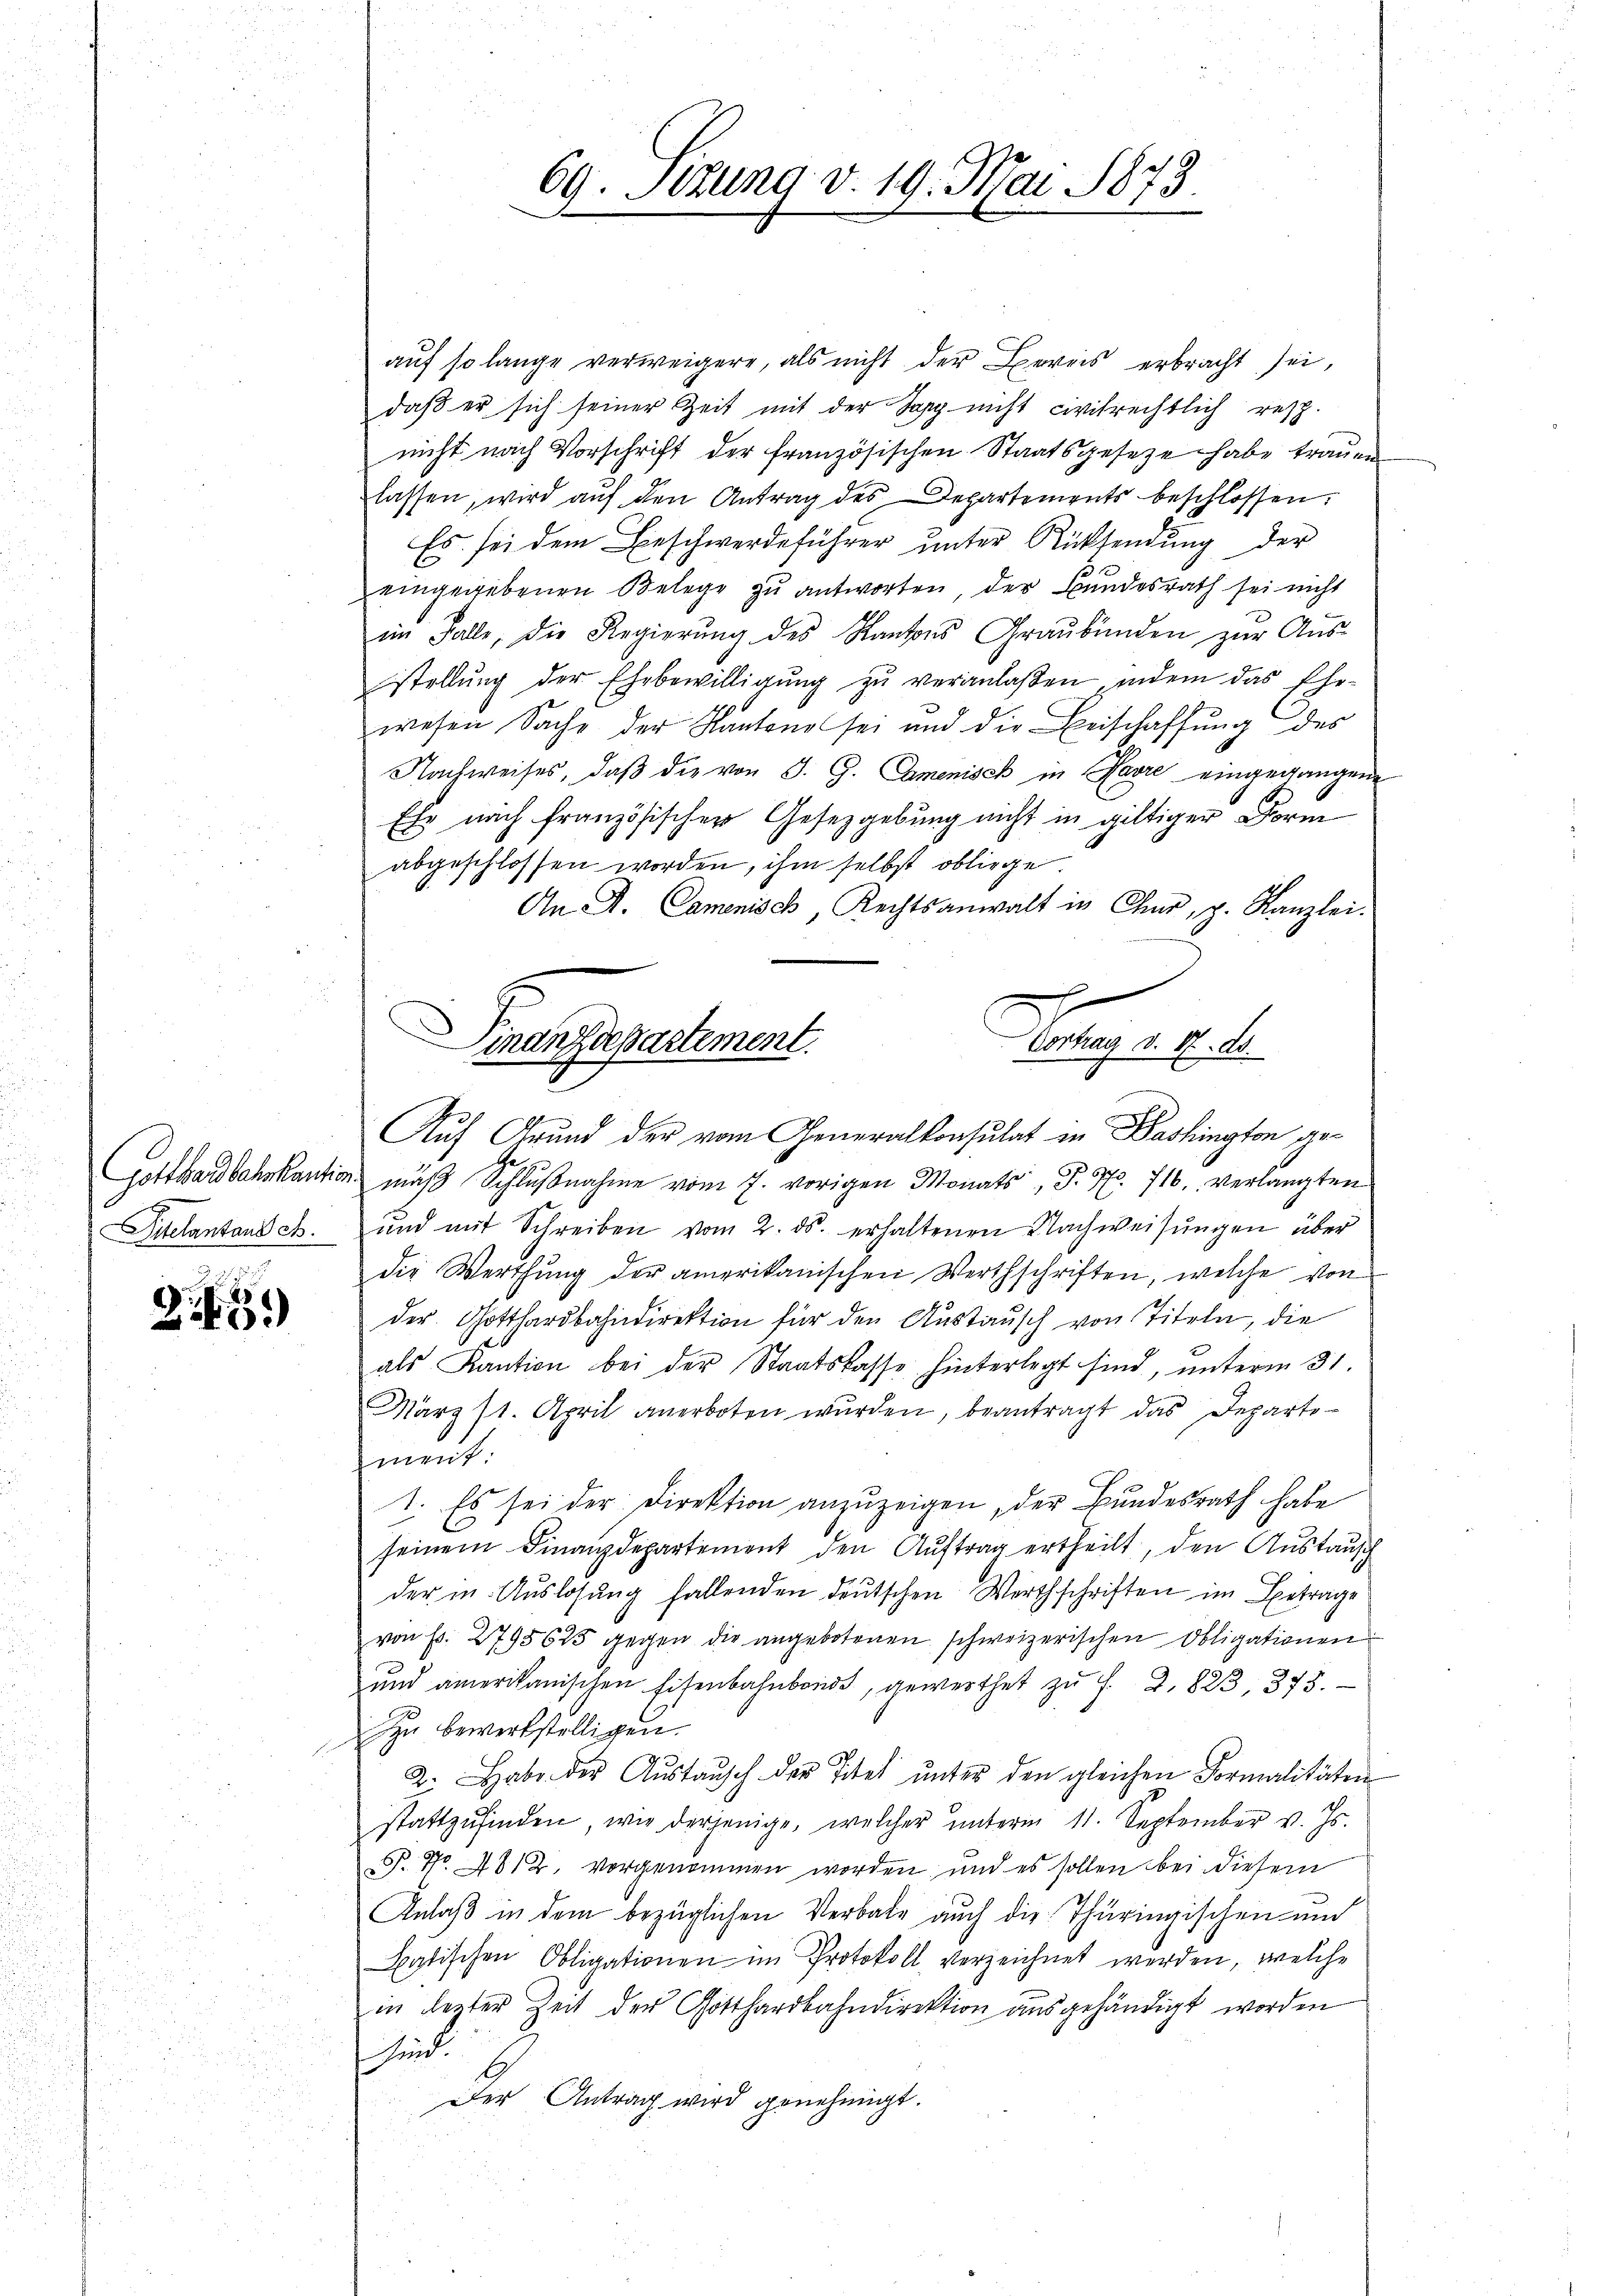
Gotthardbahrkaution
Sielantansch.

2

69. Sitzung v. 19. Mai 1873.

auf so lange verweigere, als nicht der Bereis erbracht sei,
daβ er sich seiner Zeit mit der Sapp nicht civilrechtlich resp
nicht nach Vorschrift der französischen Staatsgesetze habe trauen
lassen, wird aŭf den Antrag des Departements beschlossen.
Es sei dem Beschwerdeführer unter Rücksendung der
eingegebenen Belege zu antworten, der Bundesrath sei nicht
im Falle, die Regierŭng des Kantons Graubünden zŭr Aŭs-
stellŭng der Ehebewilligŭng zŭ veranlaßen, indem das Ehe-
wesen Sache der Kantone sei und die Beischaffung des
Nachweises, daβ die von J. G. Camenisch in Havre eingegangene
Ehr nach französischen Gesetzgebung nicht in giltiger Form
abgeschlossen worden, ihm selbst obliege
An A. Camenisch, Rechtsanwalt in Chur, p. Kanzlei.
e
mäß Schlußnahme vom 7. vorigen Monats, P. Nr. 716, verlangten
und mit Schreiben vom 2. ds. erhaltenen Nachweisŭngen über
die Werthung der amerikanischen Werthschriften, welche von
der Gotthardbahndirektion für den Austausch von Titeln, die
als Kaŭtion bei der Staatskasse hinterlegt sind, ŭnterm 31.
März 11. April anerboten wurden, beantragt das Departosment.
1. Es sei der Direktion anzuzeigen, der Bundesrath habe
.
seinem Finanzdepartement den Aŭftrag ertheilt, den Austausch
der in Auslosung fallenden deutschen Wirthschriften im Betrage
von Fr. 2795625 gegen die angebotenen schweizerischen Obligationen
und amerikanischen Eisenbahnbond, gewerthet zŭ f. 2, 823, 375.
Zu bewerkstelligen.
2. Habe der Aŭstaŭsch der Titel ŭnter den gleichen Formalitäten
stattzŭfinden, wie derjenige, welcher ŭnterm 11. September v. Js.
P. No. 4812, vorgenommen worden, und es sollen bei diesem
Anlaß in dem bezüglichen Verbate auch die Thüringischen und
Satischen Obligationen im Protokoll verzeichnet werden, welche
in lezter Zeit der Gotthardbahndirektion ausgehändigt worden
heint
Der Antrag wird genehmigt.

Finanzdepartement.
Enge der
Auf Grund der vom Generalkonsulat in Bashington ge¬